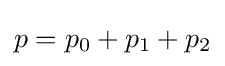
p={p_{0}}+{p_{1}}+{p_{2}}